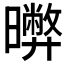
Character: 𣋹